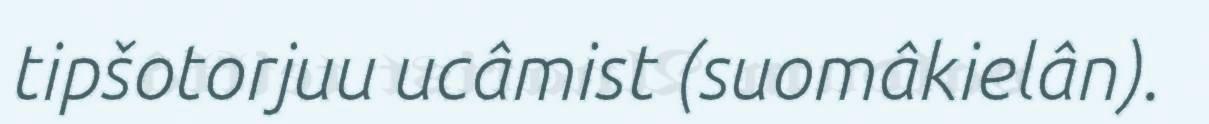
tipšotorjuu ucâmist (suomâkielân).